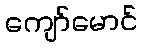
ကျော်မောင်